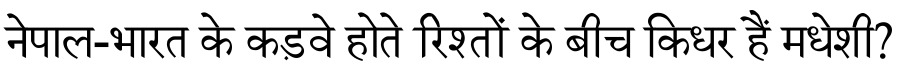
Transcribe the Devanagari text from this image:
नेपाल-भारत के कड़वे होते रिश्तों के बीच किधर हैं मधेशी?